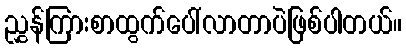
ညွှန်ကြားစာထွက်ပေါ်လာတာပဲဖြစ်ပါတယ်။